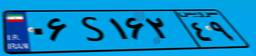
۷۲S۶۳۳۳۱